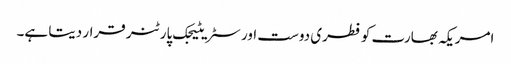
امریکہ بھارت کو فطری دوست اور سٹریٹیجک پارٹنر قرار دیتا ہے۔